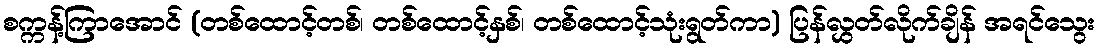
စက္ကန့်ကြာအောင် (တစ်ထောင့်တစ်၊ တစ်ထောင့်နှစ်၊ တစ်ထောင့်သုံးရွတ်ကာ) ပြန်လွှတ်လိုက်ချိန် အရင်သွေး